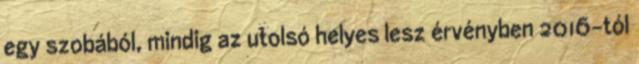
egy szobából, mindig az utolsó helyes lesz érvényben 2016-tól